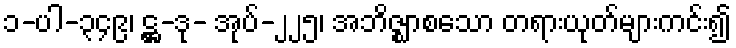
၁-ပါ-၃၄၉၊ ဋ္ဌ-ဒု- အုပ်-၂၂၅၊ အဘိဇ္ဈာစသော တရားယုတ်များကင်း၍